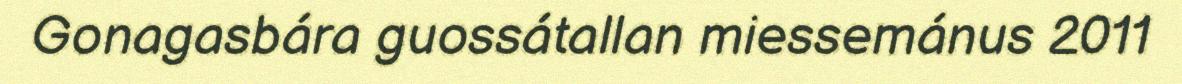
Gonagasbára guossátallan miessemánus 2011